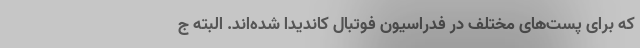
که برای پست‌های مختلف در فدراسیون فوتبال کاندیدا شده‌اند. البته ج